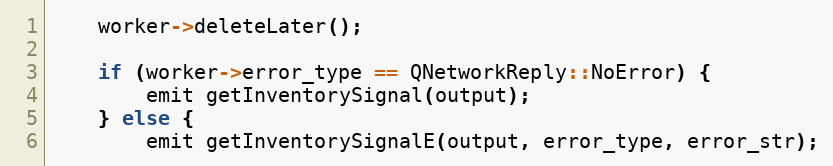
Language: C++
    worker->deleteLater();

    if (worker->error_type == QNetworkReply::NoError) {
        emit getInventorySignal(output);
    } else {
        emit getInventorySignalE(output, error_type, error_str);